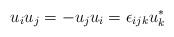
\begin{align*}u_{i} u_{j} = - u_{j} u_{i} = \epsilon_{ijk} u_{k}^{*}\end{align*}